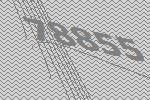
78855